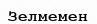
Зелмемен